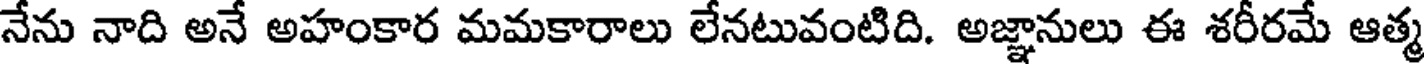
నేను నాది అనే అహంకార మమకారాలు లేనటువంటిది. అజ్ఞానులు ఈ శరీరమే ఆత్మ